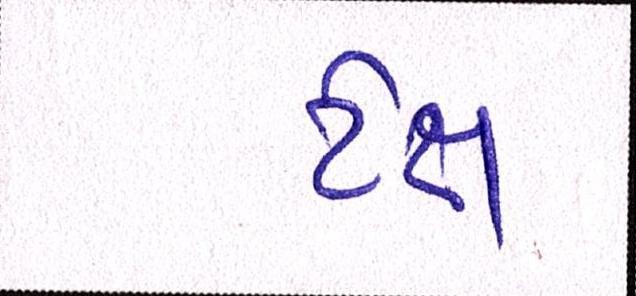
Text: ટેક્ષ